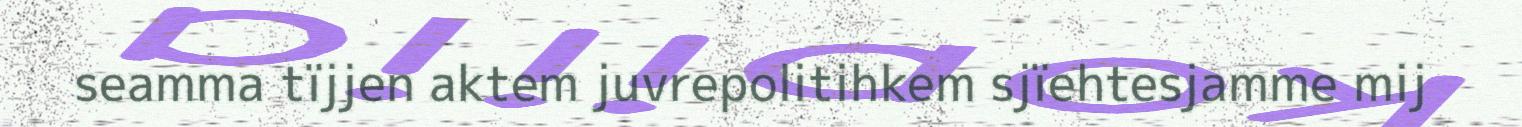
seamma tïjjen aktem juvrepolitihkem sjïehtesjamme mij